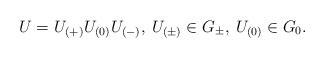
\begin{align*}U= U_{(+)} U_{(0)} U_{(-)},\> U_{(\pm)}\in G_\pm,\>U_{(0)}\in G_0.\end{align*}